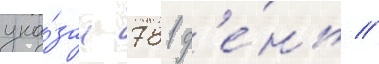
ука́зан 781 д'е́нь //